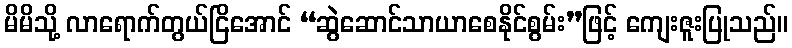
မိမိသို့ လာရောက်တွယ်ငြိအောင် “ဆွဲဆောင်သာယာစေနိုင်စွမ်း”ဖြင့် ကျေးဇူးပြုသည်။